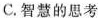
C.智慧的思考